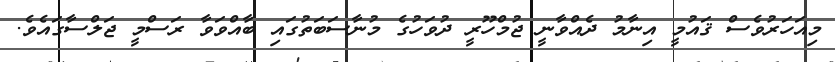
މިއަހަރުވެސް ޤައުމީ އިނާމު ދެއްވާނީ ޖުމްހޫރީ ދުވަހުގެ މުނާސަބަތުގައި ބާއްވަވާ ރަސްމީ ޖަލްސާގައެވެ.